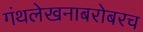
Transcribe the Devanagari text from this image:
गंथलेखनाबरोबरच